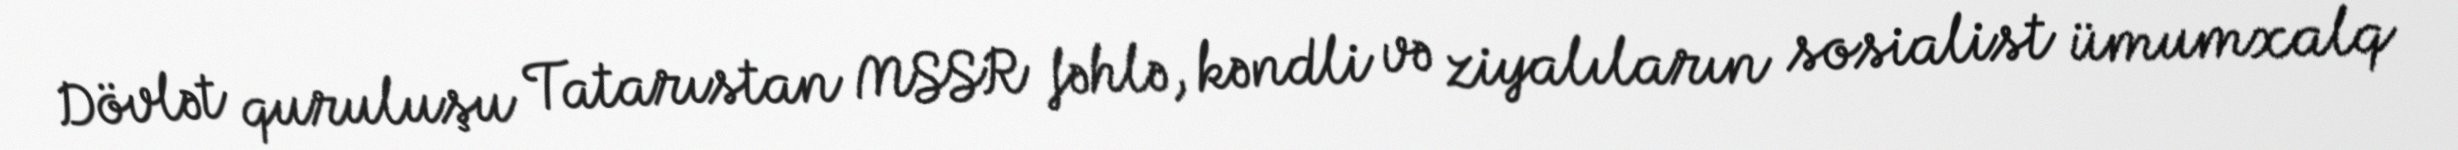
Dövlət quruluşu Tatarıstan MSSR fəhlə, kəndli və ziyalıların sosialist ümumxalq